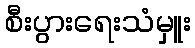
စီးပွားရေးသံမှူး